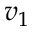
v _ { 1 }